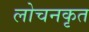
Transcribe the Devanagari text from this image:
लोचनकृत